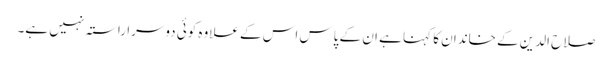
صلاح الدین کے خاندان کا کہنا ہے ان کے پاس اس کے علاوہ کوئی دوسرا راستہ نہیں ہے۔